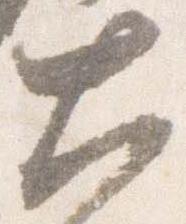
大